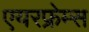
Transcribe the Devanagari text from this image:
एयरफ्रेम्स